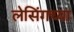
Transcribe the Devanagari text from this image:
लेसिंगच्या